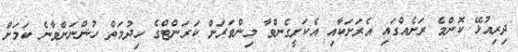
ދިރިއުޅޭ ކޮންމެ ރަށެއްގައި އެރަށަކާއި އެކަށީގެންވާ މިންވަރަށް ކަރަންޓްގެ ހިދުމަތް ހުންނަންވާނެ ކަމަށް